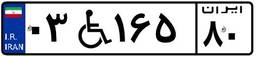
۰۳W۱۶۵۸۰